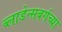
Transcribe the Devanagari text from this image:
ब्लाडेन्सबर्गच्या